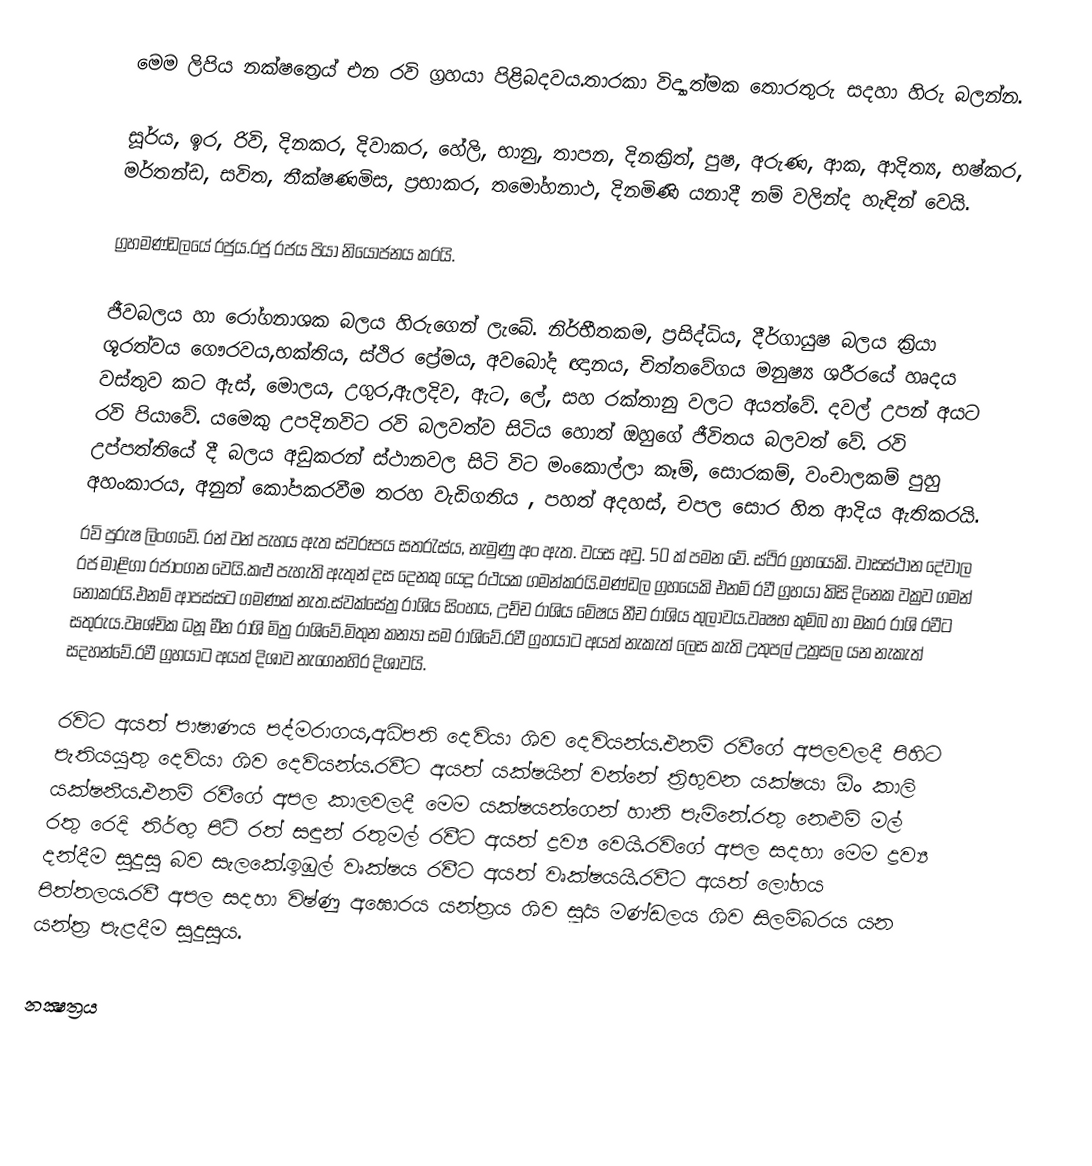
මෙම ලිපිය නක්ෂත්‍රෙය් එන රවි ග්‍රහයා පිළිබදවය.තාරකා විද්‍යාත්මක තොරතුරු සදහා හිරු බලන්න.

සූර්ය, ඉර, රිවි, දිනකර, දිවාකර, හේලි, භානු, තාපන, දිනක්‍රිත්, පුෂ, අරුණ, ආක, ආදිත්‍ය, භෂ්කර, මර්තන්ඩ, සවිත, තීක්ෂණමිස, ප්‍රභාකර, තමෝහනාථ, දිනමිණි යනාදී නම් වලින්ද හැඳින් වෙයි.

ග්‍රහමණ්ඩලයේ රජුය.රජු රජය පියා නියෝජනය කරයි.

ජීවබලය හා රෝගනාශක බලය හිරුගෙන් ලැබේ. නිර්භීතකම, ප්‍රසිද්ධිය, දීර්ගායුෂ බලය ක්‍රියා ශූරත්වය ගෞරවය,භක්තිය, ස්ථිර ප්‍රේමය, අවබෝද ඥානය, චිත්තවේගය මනුෂ්‍ය ශරීරයේ හෘදය වස්තුව කට ඇස්, මොලය, උගුර,ඇලදිව, ඇට, ලේ, සහ රක්තානු වලට අයත්වේ. දවල් උපන් අයට රවි පියාවේ. යමෙකු උපදිනවිට රවි බලවත්ව සිටිය හොත් ඔහුගේ ජීවිතය බලවත් වේ. රවි උප්පත්තියේ දී බලය අඩුකරන් ස්ථානවල සිටි විට මංකොල්ලා කෑම්, සොරකම්, වංචාලකම් පුහු අහංකාරය, අනුන් කෝපකරවීම තරහ වැඩිගතිය , පහත් අදහස්, චපල සොර හිත ආදිය ඇතිකරයි.
රවි පුරුෂ ලිංගවේ. රන් වන් පැහය  ඇත ස්වරූපය සතරැස්ය, නැමුණු අං ඇත. වයස අවු. 50 ක් පමන වේ. ස්ථිර ග්‍රහයෙකි. වාසස්ථාන දේවාල රජ මාළිගා රජාංගන වෙයි.කළු පැහැති ඇතුන් දස දෙනකු යෙදූ රථයක ගමන්කරයි.මණ්ඩල ග්‍රහයෙකි එනම් රවී ග්‍රහයා කිසි දිනෙක වක්‍රව ගමන් නොකරයි.එනම් ආපස්සට ගමණක් නැත.ස්වක්සේත්‍ර රාශිය සිංහය, උච්ච රාශිය මේෂය නීච රාශිය තුලාවය.වෘෂභ කුම්බ හා මකර රාශි රවීට සතුරුය.වෘශ්චික ධනූ මීන රාශි මිත්‍ර රාශිවේ.මිතුන කන්‍යා සම රාශිවේ.රවී ග්‍රහයාට අයත් නැකැත් ලෙස කැති උතුපල් උත්‍රසල යන නැකැත් සදහන්වේ.රවී ග්‍රහයාට අයත් දිශාව නැගෙනහිර දිශාවයි.

රවිට අයත් පාෂාණය පද්මරාගය,අධිපති දෙවියා ශිව දෙවියන්ය.එනම් රවීගේ අපලවලදී පිහිට පැතියයුතු දෙවියා ශිව දෙවියන්ය.රවීට අයත් යක්ෂයින් වන්නේ ත්‍රිභුවන යක්ෂයා ඕං කාලි යක්ෂනීය.එනම් රවීගේ අපල කාලවලදී මෙම යක්ෂයන්ගෙන් හානි පැමිනේ.රතු නෙළුම් මල් රතු රෙදි තිර්ඟු පිටි රත් සඳුන් රතුමල් රවීට අයත් ද්‍රව්‍ය වෙයි.රවිගේ අපල සදහා මෙම ද්‍රව්‍ය දන්දීම සුදුසු බව සැලකේ.ඉඹුල් වෘක්ෂය රවීට අයත් වෘක්ෂයයි.රවීට අයත් ලෝහය පිත්තලය.රවී අපල සදහා විෂ්ණු අඝොරය යන්ත්‍රය ශිව සූර්‍ය මණ්ඩලය ශිව සිලම්බරය යන යන්ත්‍ර පැළදීම සුදුසුය.

නක්‍ෂත්‍රය